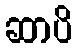
ဆာပိ